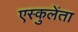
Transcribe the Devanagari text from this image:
एस्कुलेंता